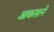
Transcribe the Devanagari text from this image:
आकसाने